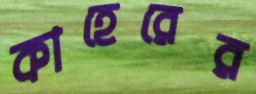
কাহেরের